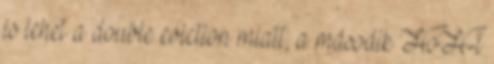
is lehet a double eviction miatt, a második HoH-t